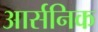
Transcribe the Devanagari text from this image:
आर्सनिक